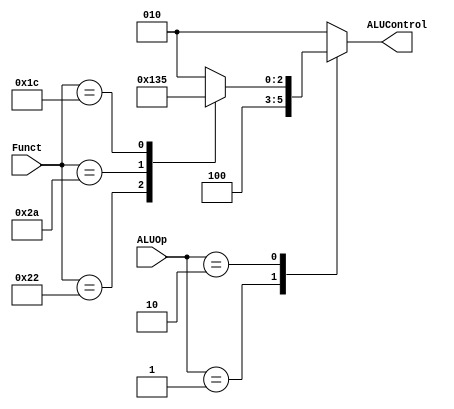
module alu_control(
input[5:0] Funct,
input[1:0] ALUOp,
output reg[2:0] ALUControl
);
always@*
begin
case(ALUOp)
2'b00:ALUControl=3'b010;
2'b01:ALUControl=3'b100;
2'b10:
      begin
       case(Funct)
       6'b100000:ALUControl=3'b010;
       6'b100010:ALUControl=3'b100;
       6'b101010:ALUControl=3'b110;
       6'b011100:ALUControl=3'b101;
       default:ALUControl=3'b010;
       endcase
      end
default:ALUControl=3'b010;
endcase
end
endmodule